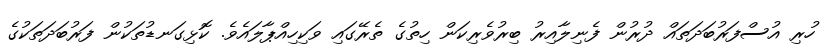
ހުރި އުސްފަރުބަދަތައް ދުރުން ފެނިލާއިރު ބިރުވެރިކަން ހިތުގެ ތެރޭގައި ވަކިހިއްޕާލައެވެ. ކޮޅިގަނޑުތަކުން ފަރުބަދަތަކުގެ